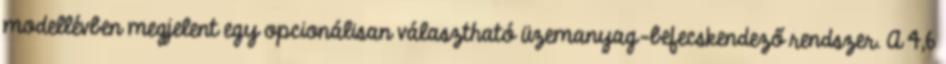
modellévben megjelent egy opcionálisan választható üzemanyag-befecskendező rendszer. A 4,6